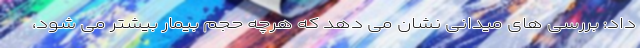
داد: بررسی های میدانی نشان می دهد که هرچه حجم بیمار بیشتر می شود،